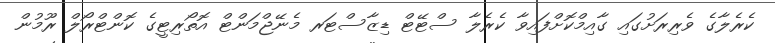
ކެރެލާގެ ވެރިރަށުގައި ގާއިމްކޮށްފައިވާ ކެރެލާ ސްޓޭޓް ޑިޒާސްޓަރ މެނޭޖްމަންޓް އޮތޯރިޓީގެ ކޮންޓްރޯލް ރޫމުން